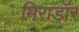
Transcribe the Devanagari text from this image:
मिराडॉर